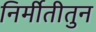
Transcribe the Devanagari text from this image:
निर्मीतीतुन